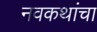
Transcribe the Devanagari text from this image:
नवकथांचा